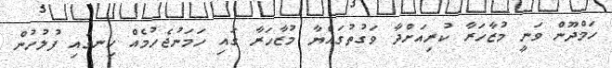
ހަމްދޫން ވަނީ މުޒާހަރާ ކުރިއަށްދާ ވަގުތުގައްޔާ މުޒާހަރާ ގައި ހަމަނުޖެހުމެއް ހިނގައި ފުލުހުން